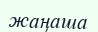
жаңаша